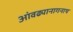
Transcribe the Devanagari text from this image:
आंवढ्यानागनाथ